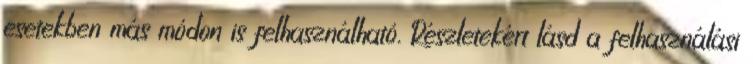
esetekben más módon is felhasználható. Részletekért lásd a felhasználási